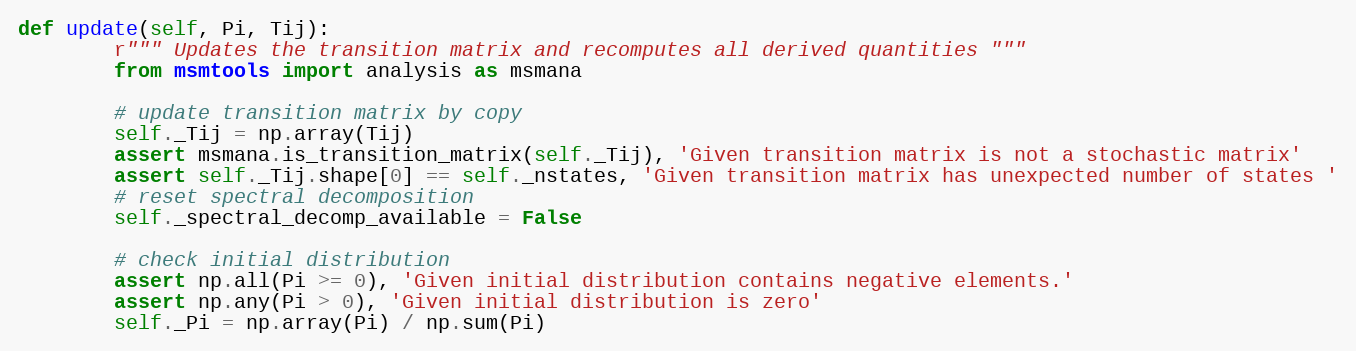
Language: Python
def update(self, Pi, Tij):
        r""" Updates the transition matrix and recomputes all derived quantities """
        from msmtools import analysis as msmana

        # update transition matrix by copy
        self._Tij = np.array(Tij)
        assert msmana.is_transition_matrix(self._Tij), 'Given transition matrix is not a stochastic matrix'
        assert self._Tij.shape[0] == self._nstates, 'Given transition matrix has unexpected number of states '
        # reset spectral decomposition
        self._spectral_decomp_available = False

        # check initial distribution
        assert np.all(Pi >= 0), 'Given initial distribution contains negative elements.'
        assert np.any(Pi > 0), 'Given initial distribution is zero'
        self._Pi = np.array(Pi) / np.sum(Pi)